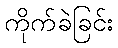
ကိုက်ခဲခြင်း